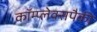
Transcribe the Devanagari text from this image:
कॉम्प्लेक्सपैकी